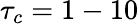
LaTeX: \tau_{c}=1-10